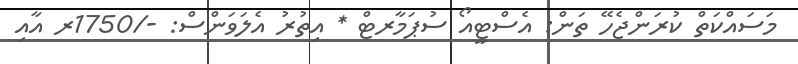
މަސައްކަތް ކުރަންޖެހޭ ތަން: އެސްޓީއޯ ސުޕަމާރޓް * އިތުރު އެލަވަންސް: -/1750ރ އާއި